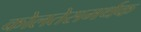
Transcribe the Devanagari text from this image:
कोलतेसमर्थक